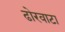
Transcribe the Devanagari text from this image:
ढोरवाटा